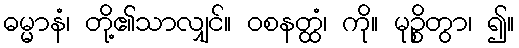
ဓမ္မာနံ၊ တို့၏သာလျှင်။ ဝစနတ္ထံ၊ ကို။ မုဉ္စိတွာ၊ ၍။